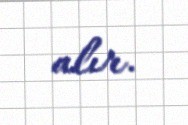
alır.